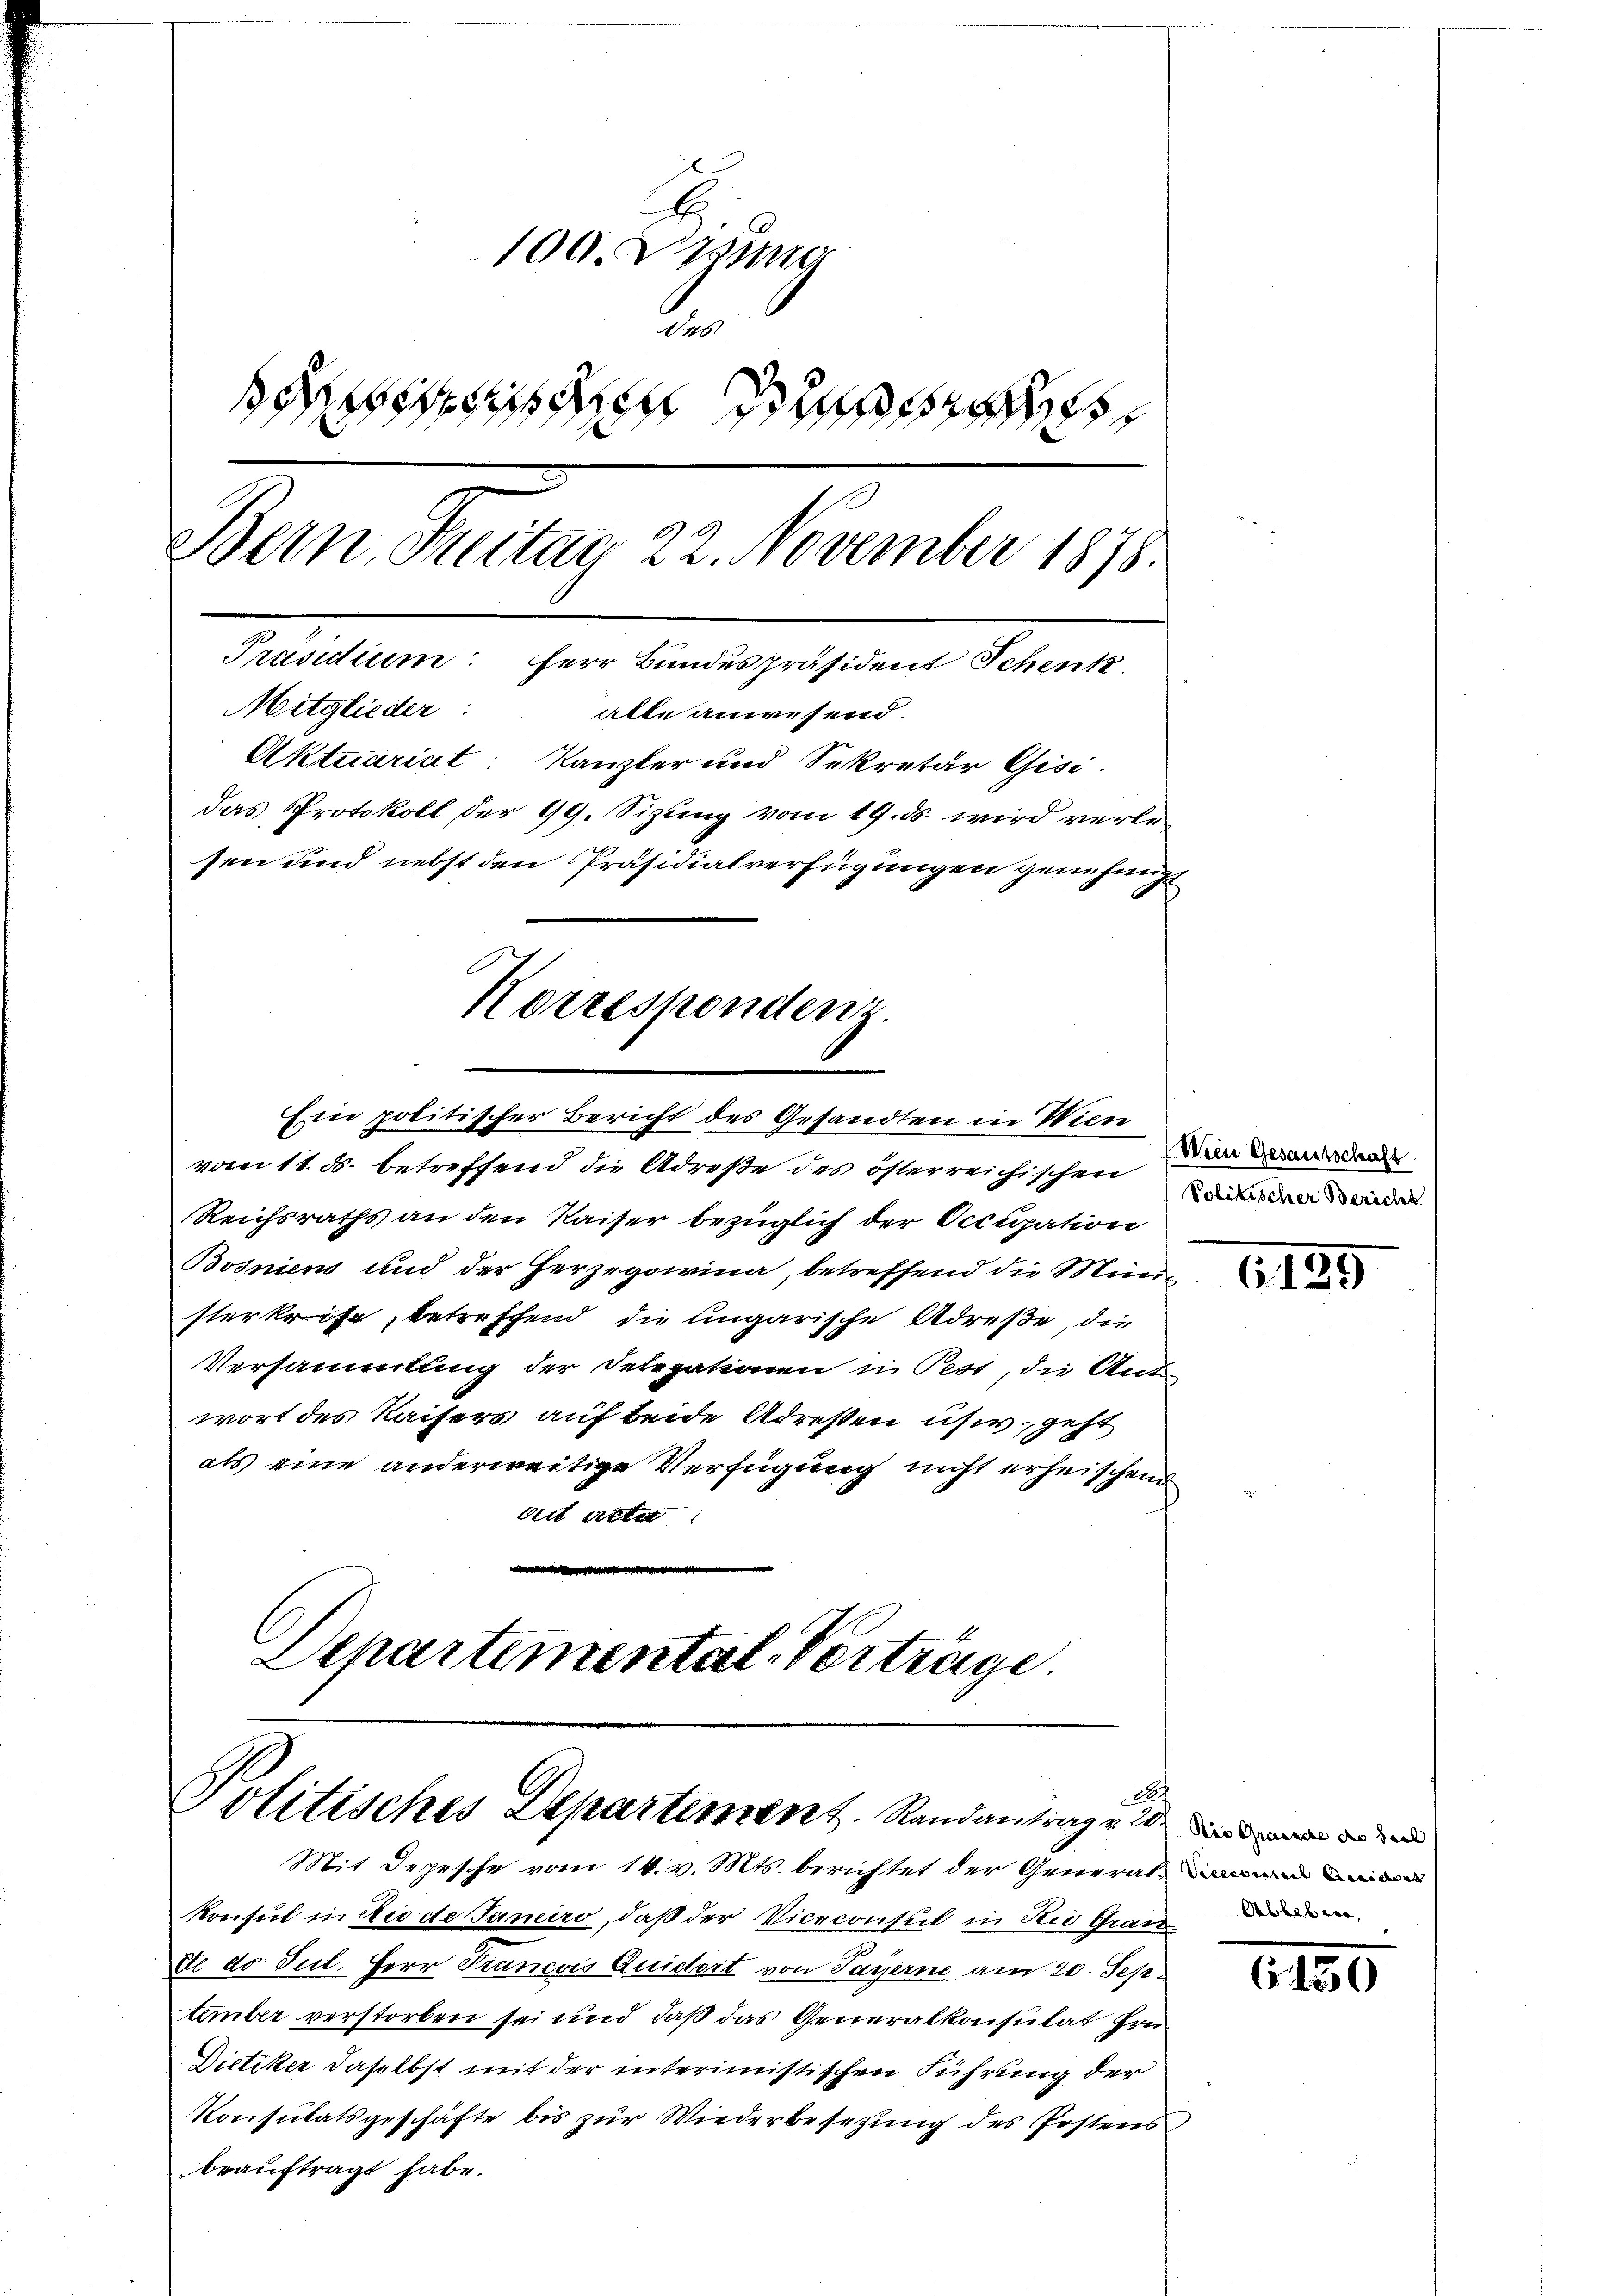
100. Visung
46
seien d
Bern, Freitag 22. November 1878.
Präsidium: Herr Bundespräsident Schenk
Mitglieder: alle anwesend.
Aktuariat: Kanzler und Sekretär Gisi
das Protokoll der 99. Sizung vom 19. ds. wird verlesen und nebst den Präsidialverfügungen genehmigt

vom 11. ds. betreffend die Adreße des österreichischen
Reichsraths an den Kaiser bezüglich der Occupation
Bosniens und der Herzegowina, betreffend die Munde
sterkrise, betreffend die Ungarische Adrese, die
Versammlung der Delegationen in Pest, die Ant-
wort des Kaisers auf beide Adresten usw. geht
als eine anderweitige Verfügung nicht erheischend
An Act
a
Departemental-Verträge.

Korrespondenz
Estie politischer Bericht des Gesandten in Wien

A
Politisches Departement. Standantragen de

Wein Gesamtschaft
Politischer Berichs

Mit Depesche vom 14. v. Mts. berichtet der General-
konsul in die de Janeiro, daß der Viceconsul in die Grau
dte do Jul. Herr Francois Quidert von Payerne am 20. Sep
tember verstorben sei und daß das Generalkonsulat Hrn
Dietiker daselbst mit der interimistischen Führung der
Konsulatsgeschäfte bis zur Wiederbesezung des Postens
beauftragt habe.

6139

Ableben,

6450